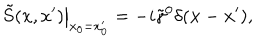
\left. \tilde { S } ( x , x ^ { \prime } ) \right| _ { x _ { 0 } = x _ { 0 } ^ { \prime } } = - i \tilde { \gamma } ^ { 0 } \delta ( { \bf x } - { \bf x } ^ { \prime } ) ,